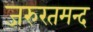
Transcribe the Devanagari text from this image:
जरुरतमन्द